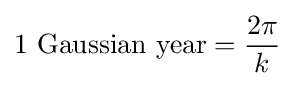
{\mbox{1 Gaussian year}}={\frac {2\pi }{k}}